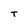
Character: T